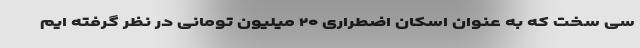
سی سخت که به عنوان اسکان اضطراری ۲۰ میلیون تومانی در نظر گرفته ایم